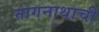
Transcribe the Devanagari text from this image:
नागनाथाची